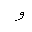
Letter: _waw